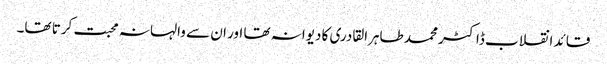
قائد انقلاب ڈاکٹر محمد طاہرالقادری کا دیوانہ تھا اور ان سے والہانہ محبت کرتا تھا۔